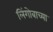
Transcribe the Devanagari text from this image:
लिंगोबाच्या